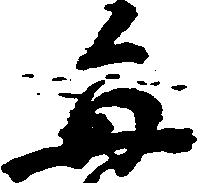
毎